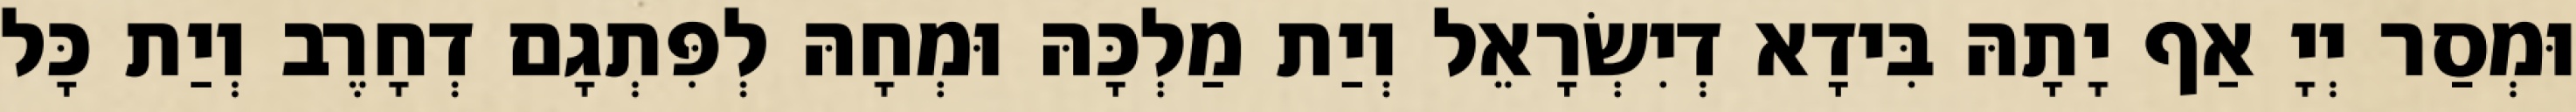
וּמְסַר יְיָ אַף יָתָהּ בִּידָא דְיִשְׂרָאֵל וְיַת מַלְכָּהּ וּמְחָהּ לְפִּתְגָם דְחָרֶב וְיַת כָּל